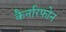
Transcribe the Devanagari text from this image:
कैर्नारफोन